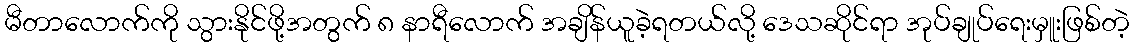
မီတာလောက်ကို သွားနိုင်ဖို့အတွက် ၈ နာရီလောက် အချိန်ယူခဲ့ရတယ်လို့ ဒေသဆိုင်ရာ အုပ်ချုပ်ရေးမှူးဖြစ်တဲ့